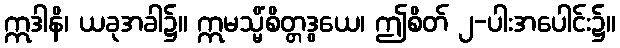
ဣဒါနိ၊ ယခုအခါ၌။ ဣမသ္မိံစိတ္တဒွယေ၊ ဤစိတ် ၂-ပါးအပေါင်း၌။